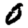
Digit: 0